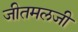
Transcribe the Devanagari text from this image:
जीतमलजी